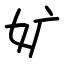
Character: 㚧